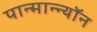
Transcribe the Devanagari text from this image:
पान्मान्न्यॉन